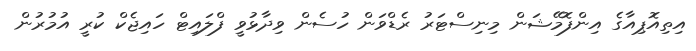
އިތިއޮޕިއާގެ އިންފޮމޭޝަން މިނިސްޓަރު ރެޑްވަން ހުސެން ވިދާޅުވީ ފްލައިޓް ހައިޖެކް ކުރީ އުމުރުން